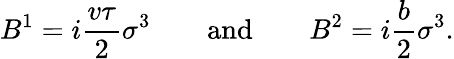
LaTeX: B^{1}=i{\frac{v\tau}{2}}\sigma^{3}\qquad\mathrm{and}\qquad B^{2}=i{\frac{b}{2}}\sigma^{3}.